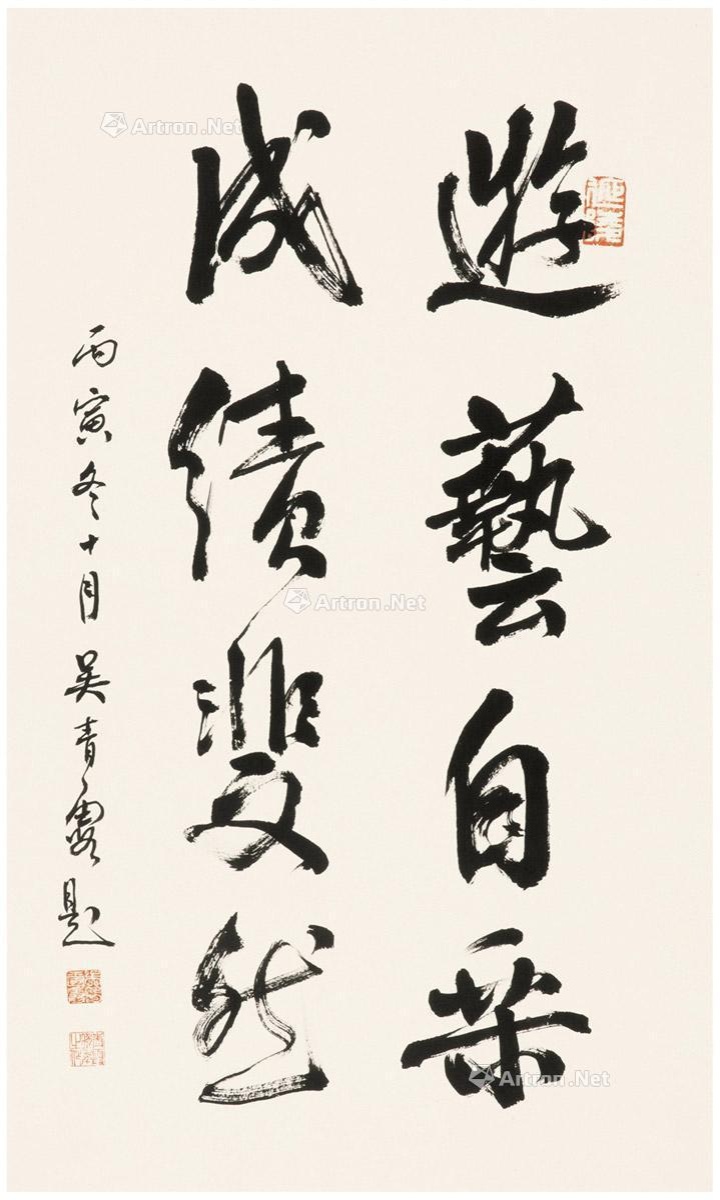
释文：游艺自乐，成绩斐然。丙寅冬十月，吴青霞题。